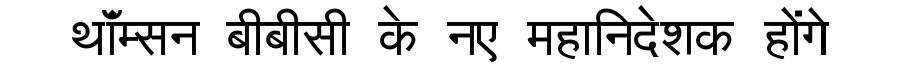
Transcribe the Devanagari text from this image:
थॉंम्सन बीबीसी के नए महानिदेशक होंगे